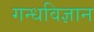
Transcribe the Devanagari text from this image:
गन्धविज्ञान